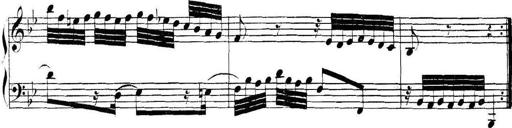
Title: Collected Piano Sonatas
Composer: Muzio Clementi